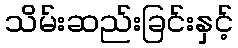
သိမ်းဆည်းခြင်းနှင့်